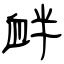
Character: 衅